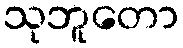
သုဘူတော